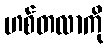
ဟစ်တလာကို